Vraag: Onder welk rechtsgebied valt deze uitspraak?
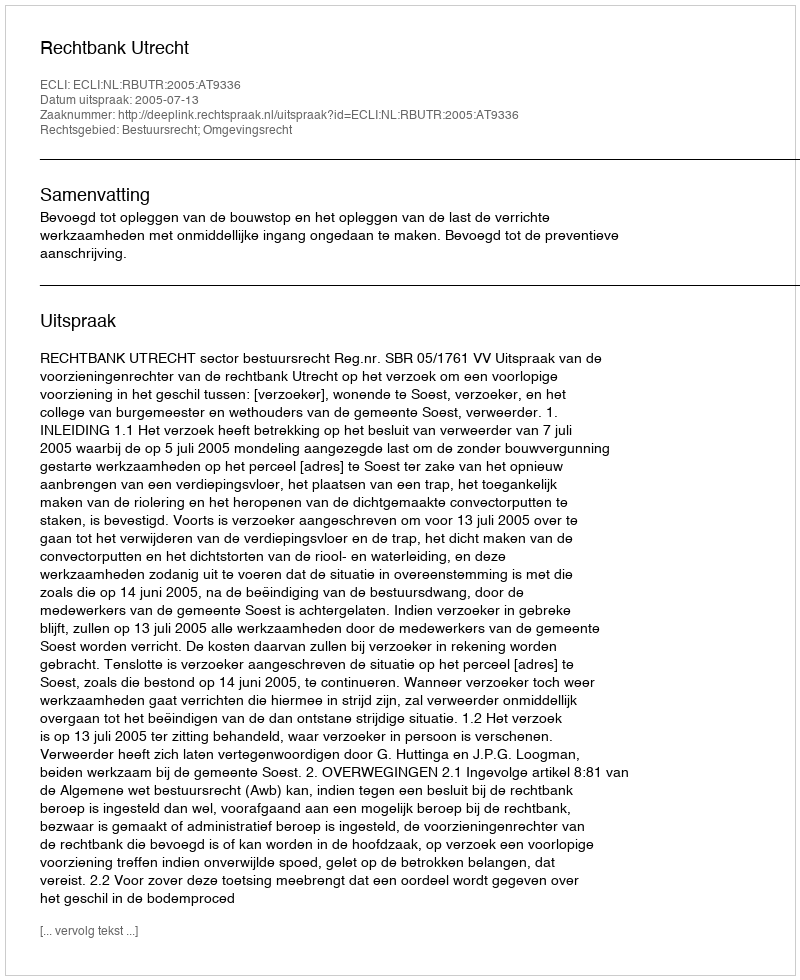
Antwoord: Bestuursrecht; Omgevingsrecht